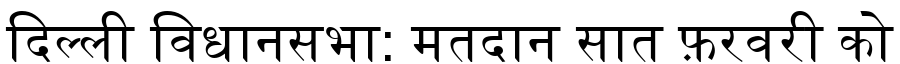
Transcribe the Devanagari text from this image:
दिल्ली विधानसभा: मतदान सात फ़रवरी को